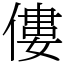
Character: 僂